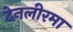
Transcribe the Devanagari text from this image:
टेनलीरमा